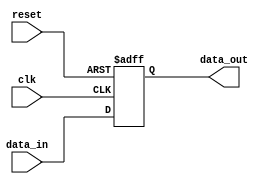
module SISO_shift_register(
    input wire clk, // clock input
    input wire reset, // reset input
    input wire data_in, // input data line
    output reg data_out // output data line
);

reg [7:0] shift_reg; // 8-bit shift register

always @(posedge clk or posedge reset) begin
    if (reset) begin
        shift_reg <= 8'b00000000; // reset shift register to all zeros
    end else begin
        // shift data in
        shift_reg <= {shift_reg[6:0], data_in};
    end
end

assign data_out = shift_reg[0]; // output data from first flip-flop

endmodule